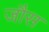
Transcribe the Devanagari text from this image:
जौस